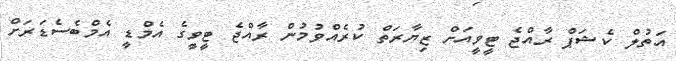
އަތުލް ކެޝަޕް ރާއްޖެ ޓީވީއަށް ޒިޔާރަތް ކުރެއްވުމުން ރާއްޖެ ޓީވީގެ އެމްޑީ އެމްބެސެޑަރަށް